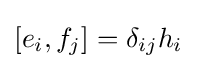
\left[e_{i},f_{j}\right]=\delta _{ij}h_{i}